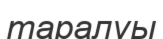
таралуы